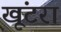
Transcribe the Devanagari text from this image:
खूंटरा